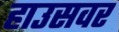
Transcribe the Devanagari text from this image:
हाउसवर